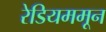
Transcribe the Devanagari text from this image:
रेडियममून